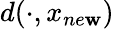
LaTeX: d({\cdot,x_{ne\mathbf{w}}})